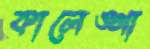
কালেঙ্গা